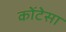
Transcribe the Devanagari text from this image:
कोंटेसा